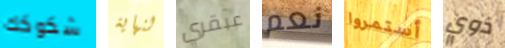
شكوكك لنهاية عبقري نعم أستمروا ذوي